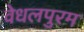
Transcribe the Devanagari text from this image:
वेधलपुरम